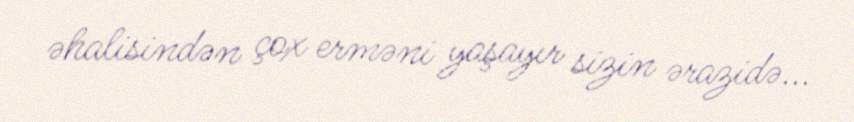
əhalisindən çox erməni yaşayır sizin ərazidə...